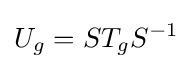
\displaystyle {U_{g}=ST_{g}S^{-1}}